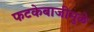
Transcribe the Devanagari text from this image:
फटकेबाजीमुळे